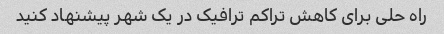
راه حلی برای کاهش تراکم ترافیک در یک شهر پیشنهاد کنید